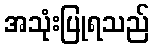
အသုံးပြုရသည်